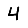
Digit: 4